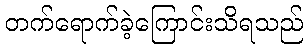
တက်ရောက်ခဲ့ကြောင်းသိရသည်